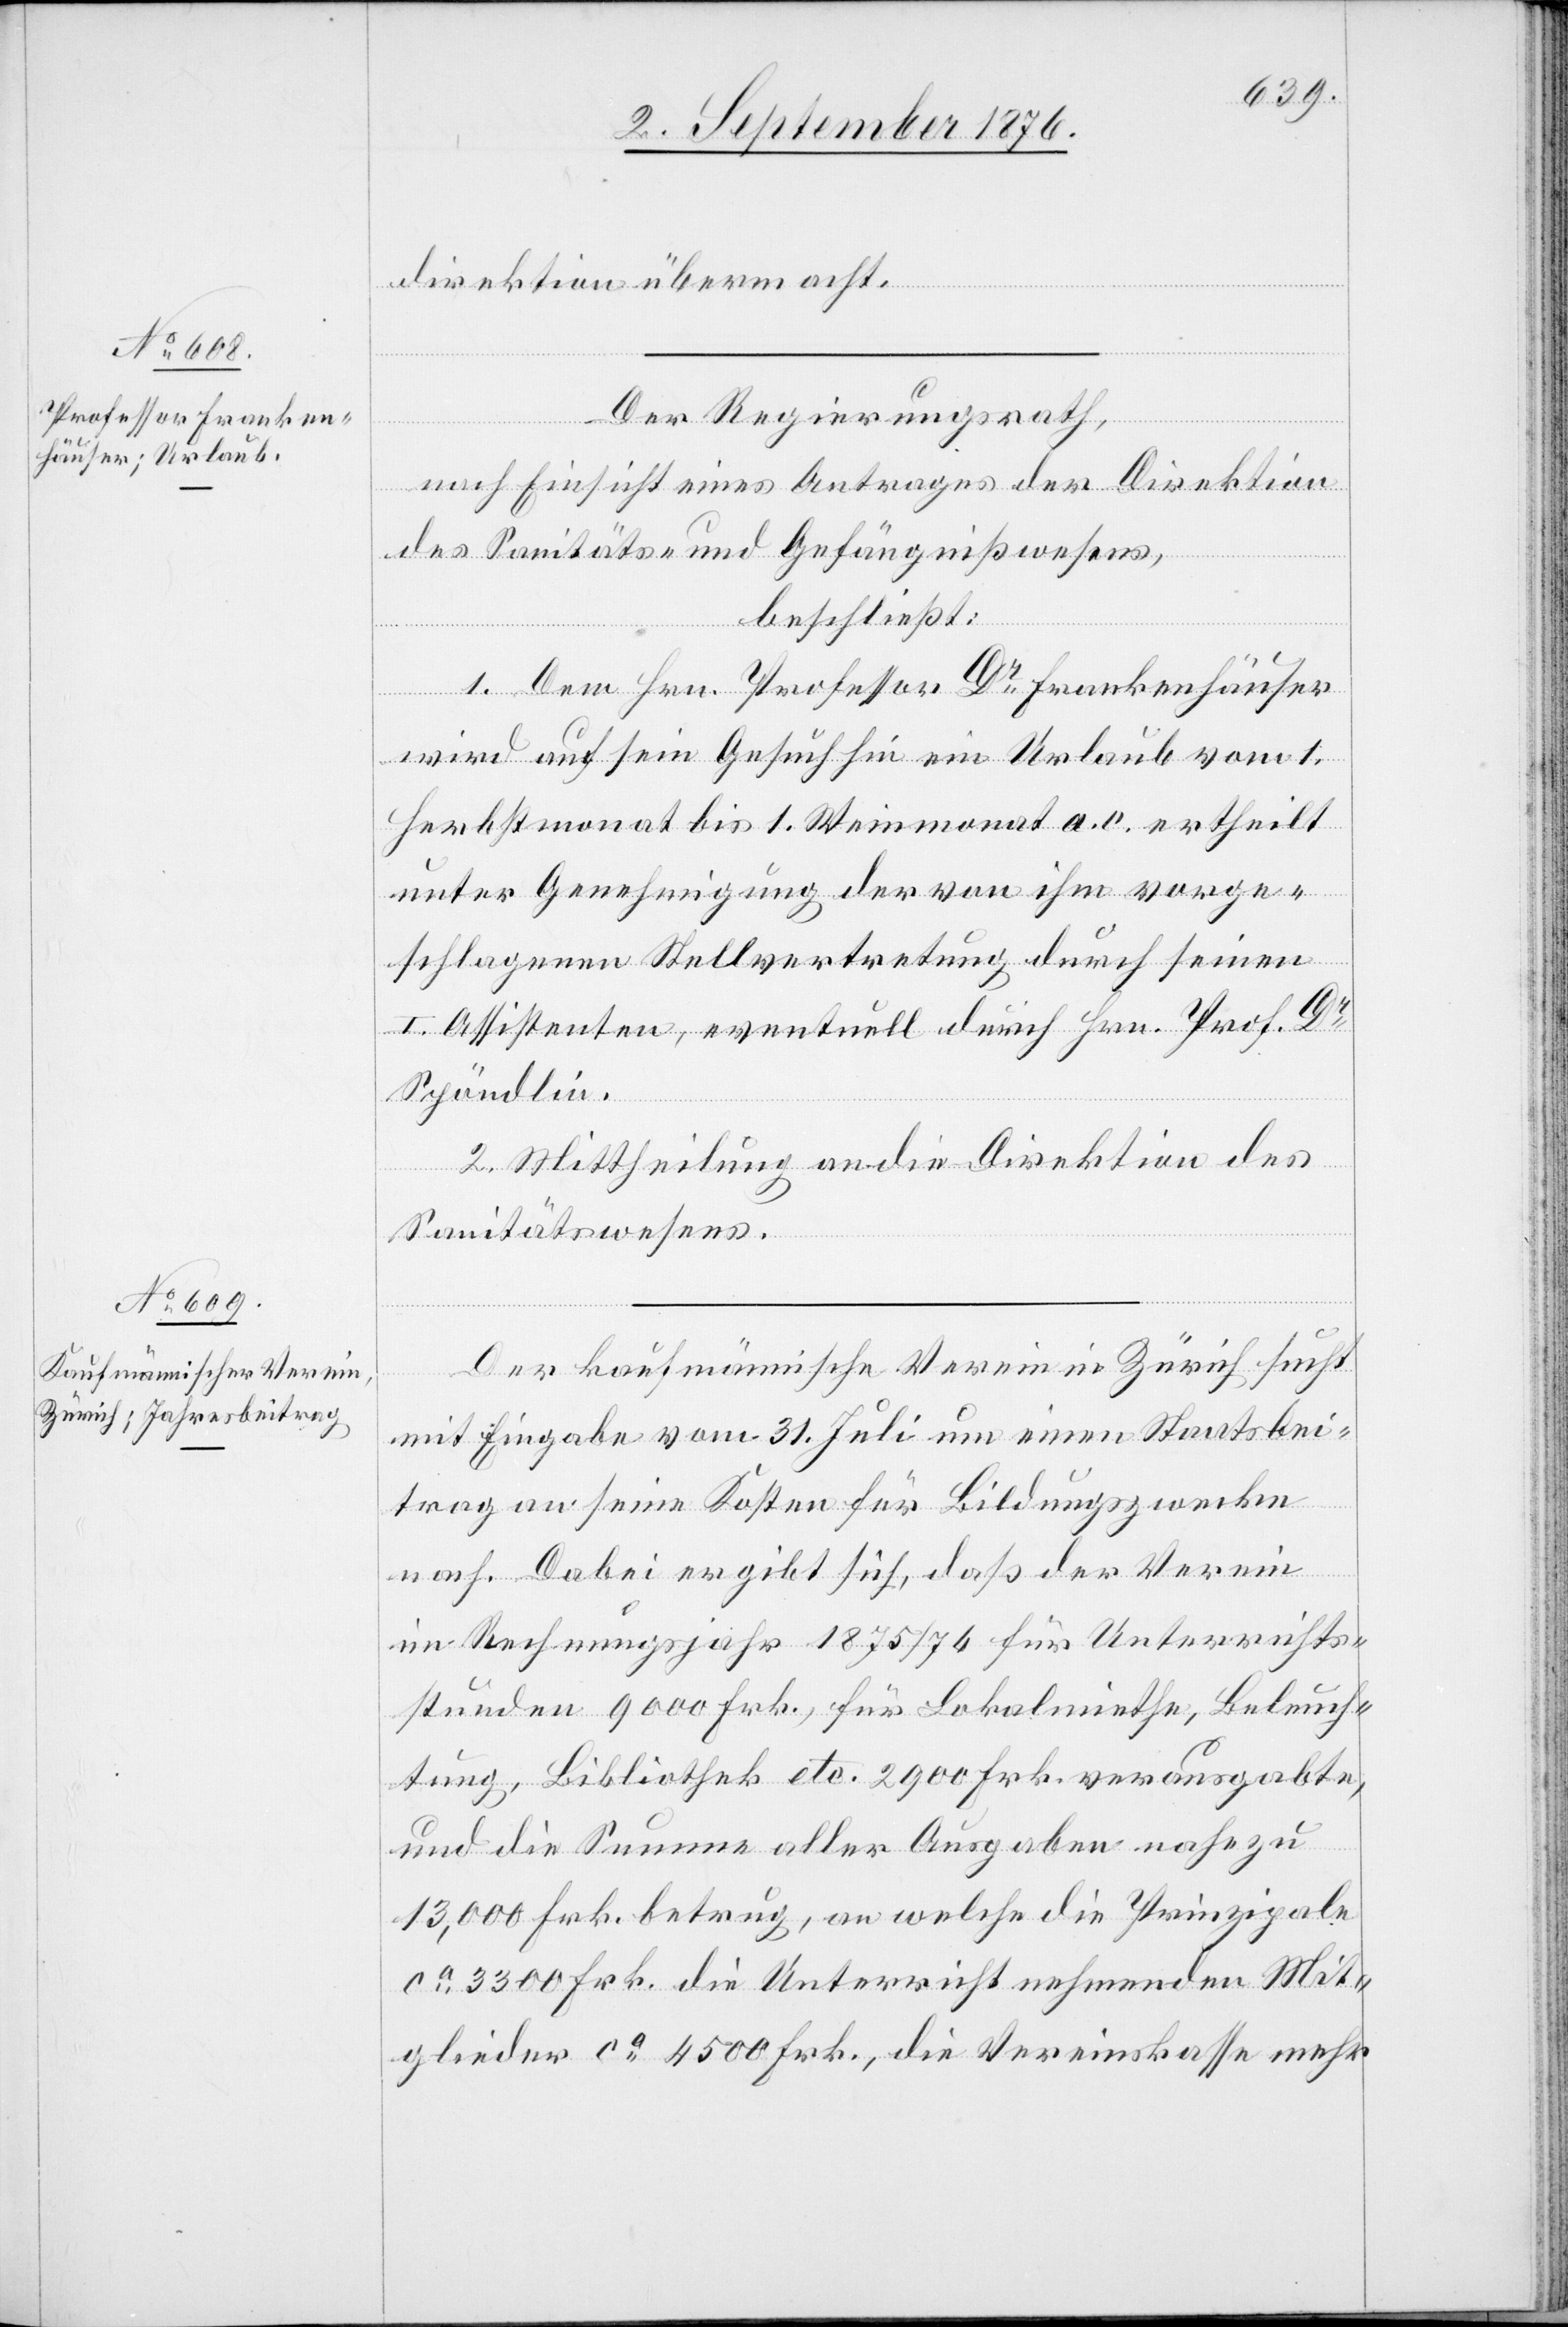
direktion übermacht.
Der Regierungsrath,
nach Einsicht eines Antrages der Direktion
des Sanitäts- und Gefängnißwesens,
beschließt:
1. Dem Hrn. Professor Dr Frankenhäuser
wird auf sein Gesuch hin ein Urlaub vom 1.
Herbstmonat bis 1. Weinmonat a. c. ertheilt
unter Genehmigung der von ihm vorge¬
schlagenen Stellvertretung durch seinen
I. Assistenten, eventuell durch Hrn. Prof. Dr
Spöndlin.
2. Mittheilung an die Direktion des
Sanitätswesens.
Der kaufmännische Verein in Zürich sucht
mit Eingabe vom 31. Juli um einen Staatsbei¬
stunden
trag an seine Kosten für Bildungszwecke
nach. Dabei ergibt sich, daß der Verein
im Rechnungsjahr 1875/76 für Unterrichts¬
und die Summe aller Ausgaben nahezu
13,000 Frk. betrug, an welche die Prinzipale
ca 3300 Frk. die Unterricht nehmenden Mit¬
glieder ca 4500 Frk., die Vereinskasse mehr